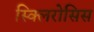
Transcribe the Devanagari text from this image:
स्क्लिरोसिस